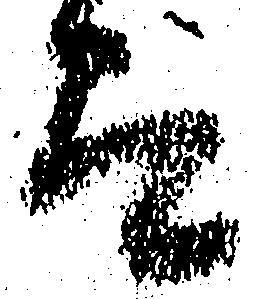
而